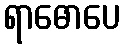
ရာဓောပေ